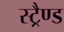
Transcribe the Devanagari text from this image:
स्ट्रैण्ड